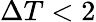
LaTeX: \Delta T<2